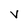
Character: V